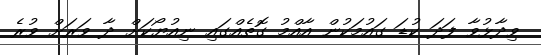
ވިދާޅުވާ ފަދަ ކުޑަ ގައުމަކުން އާއްމު ގޮތެއްގައި ނިއުޔޯކަށް ދާ ވަރަށް ވުރެ